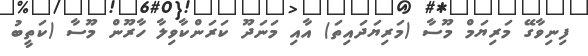
ފިނިވާގޭ މަރިޔަމް މޫސާ (މަރިޔަދައިތަ) އާއި މަނަދޫ ކަރަންކާވިލާ ހާރޫން މޫސާ (ކަތީބު